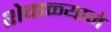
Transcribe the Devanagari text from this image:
शेवाळ्याने